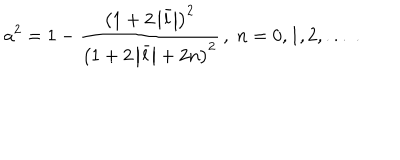
a ^ { 2 } = 1 - \frac { \left( 1 + 2 \left| \bar { l } \right| \right) ^ { 2 } } { \left( 1 + 2 \left| \bar { l } \right| + 2 n \right) ^ { 2 } } \, , \; n = 0 , 1 , 2 , . . . \; .